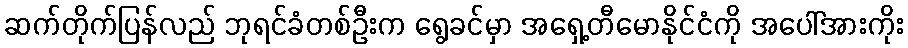
ဆက်တိုက်ပြန်လည် ဘုရင်ခံတစ်ဦးက ရွေခင်မှာ အရှေ့တီမောနိုင်ငံကို အပေါ်အားကိုး